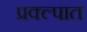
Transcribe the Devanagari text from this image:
प्रक्ल्पात